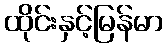
ထိုင်းနှင့်မြန်မာ